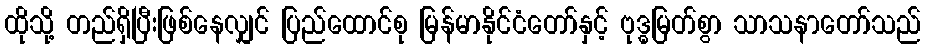
ထိုသို့ တည်ရှိပြီးဖြစ်နေလျှင် ပြည်ထောင်စု မြန်မာနိုင်ငံတော်နှင့် ဗုဒ္ဓမြတ်စွာ သာသနာတော်သည်